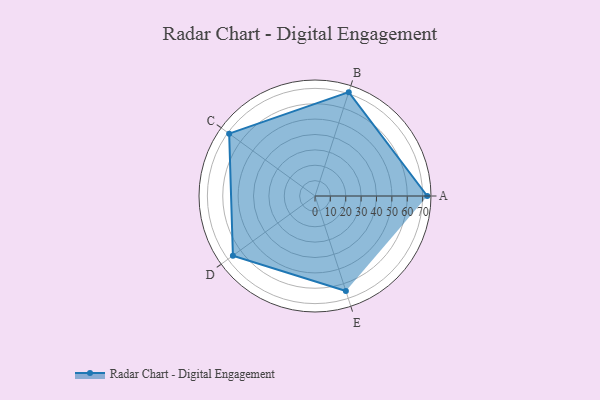
{"axis": {"x": "Skill", "y": "Score"}, "legend": ["Profile"], "data": [{"x": "A", "y": 73.0, "type": "Profile"}, {"x": "B", "y": 71.0, "type": "Profile"}, {"x": "C", "y": 69.0, "type": "Profile"}, {"x": "D", "y": 66.0, "type": "Profile"}, {"x": "E", "y": 65.0, "type": "Profile"}]}